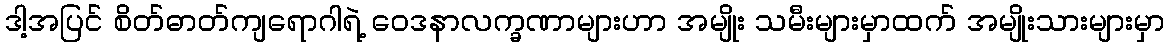
ဒါ့အပြင် စိတ်ဓာတ်ကျရောဂါရဲ့ ဝေဒနာလက္ခဏာများဟာ အမျိုး သမီးများမှာထက် အမျိုးသားများမှာ